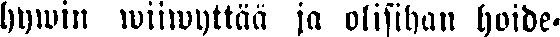
hywin wiiwyttää ja olisihan hoide-